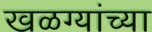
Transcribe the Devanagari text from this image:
खळग्यांच्या